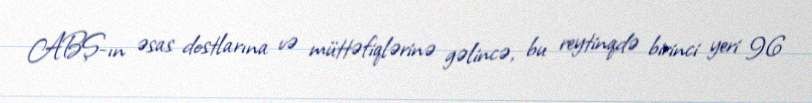
ABŞ-ın əsas dostlarına və müttəfiqlərinə gəlincə, bu reytinqdə birinci yeri 96